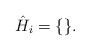
LaTeX: \begin{align*}\hat H_i = \{\}.\end{align*}